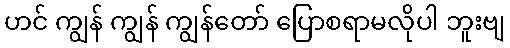
ဟင် ကျွန် ကျွန် ကျွန်တော် ပြောစရာမလိုပါ ဘူးဗျ